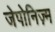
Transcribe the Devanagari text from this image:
जेपोनिज़्म